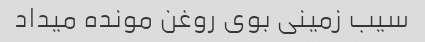
سیب زمینی بوی روغن مونده میداد